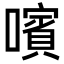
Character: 𡁟